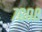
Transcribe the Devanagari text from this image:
७६०८